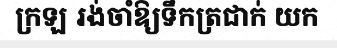
ក្រឡ រង់ចាំឱ្យទឹកត្រជាក់ យក